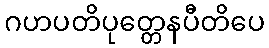
ဂဟပတိပုတ္တေနပီတိပေ